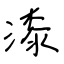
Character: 漆